Civil Veterinary Department Bengal reports 1933-51 - 1933-1951
Year: 1933
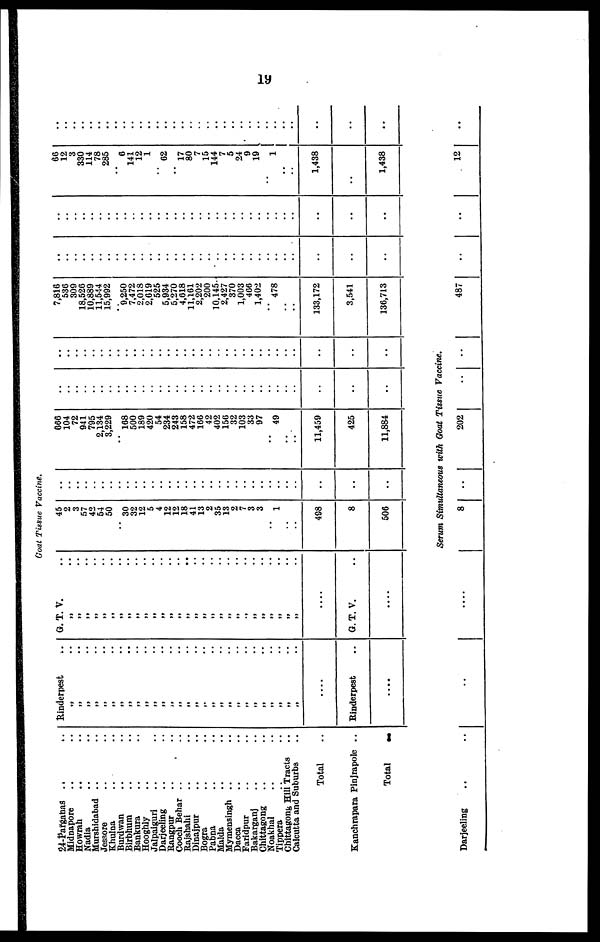
19
Goat Tissue Vaccine.
24-Parganas .. ..
Midnapore .. ..
Howrah .. ..
Nadia .. ..
Murshidabad .. ..
Jessore .. ..
Khulna .. ..
Burdwan .. ..
Birbhum .. ..
Bankura .. ..
Hooghly ..
Jalpaiguri .. ..
Darjeeling .. ..
Rangpur .. ..
Cooch Behar .. ..
Rajshahi .. ..
Dinajpur .. ..
Bogra .. ..
Pabna .. ..
Malda .. ..
Mymensingh .. ..
Dacca
Faridpur .. ..
Bakarganj .. ..
Chittagong .. ..
Noakhal .. ..
Tippera .. ..
Chittagong Hill Tracts ..
Calcutta and Suburbs
Total ..
Kanchrapara Pinjrapole ..
Total
..
Rinderpest
..
„ ..
„ ..
„ ..
„ ..
„ ..
„ ..
„ ..
„ ..
„ ..
„ ..
„ ..
„ ..
„ ..
„ ..
„ ..
„ ..
„ ..
„ ..
„ ..
„ ..
„ ..
„ ..
„ ..
„ ..
„ ..
„ ..
„ ..
„ ..
....
Rinderpest ..
....
G. T. V. ..
„ ..
„ ..
„ ..
„ ..
„ ..
„ ..
„ ..
„ ..
„ ..
„ ..
„ ..
„ ..
„ ..
„ ..
„ ..
„ ..
„ ..
„ ..
„ ..
„ ..
„ ..
„ ..
„ ..
„ ..
„ ..
„ ..
„ ..
„ ..
....
G. T. V.
....
45
2
3
57
42
54
50
..
30
32
12
5
4
12
12
18
41
13
2
35
13
2
7
3
3
1
..
..
488
8
506
..
..
..
..
..
..
..
..
..
..
..
..
..
..
..
..
..
..
..
..
..
..
..
..
..
..
..
..
..
..
..
..
666
104
72
941
795
2,134
3,229
..
168
500
189
420
54
234
243
158
472
166
42
402
156
32
103
33
97
49
..
..
11,459
425
11,884
..
..
..
..
..
..
..
..
..
..
..
..
..
..
..
..
..
..
..
..
..
..
..
..
..
..
..
..
..
..
..
..
..
..
..
..
..
..
..
..
..
..
..
..
..
..
..
..
..
..
..
..
..
..
..
..
..
..
..
..
..
..
..
..
7,816
536
309
18,526
10,889
11,544
15,992
..
9,250
7,472
2,018
2,619
525
5,934
5,270
4,618
11,161
2,202
200
10,145
2,427
370
1,003
466
1,402
..
478
133,172
3,541
136,713
..
..
..
..
..
..
..
..
..
..
..
..
..
..
..
..
..
..
..
..
..
..
..
..
..
..
..
..
..
...
..
..
..
..
..
..
..
..
..
..
..
..
..
..
..
..
..
..
..
..
..
..
..
..
..
..
..
..
..
..
..
..
..
..
66
12
3
330
114
78
285
..
6
141
12
1
..
62
..
17
80
7
15
144
7
5
24
9
19
..
1
..
..
1,438
..
1,438
..
..
..
..
..
..
..
..
..
..
..
..
..
..
..
..
..
..
..
..
..
..
..
..
..
..
..
..
..
..
..
..
Serum Simultaneous with Goat Tissue Vaccine.
Darjeeling
..
..
.. ....
8 ..
202
..
..
487
..
..
12
..